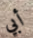
أبي